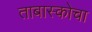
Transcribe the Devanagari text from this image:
ताबास्कोचा